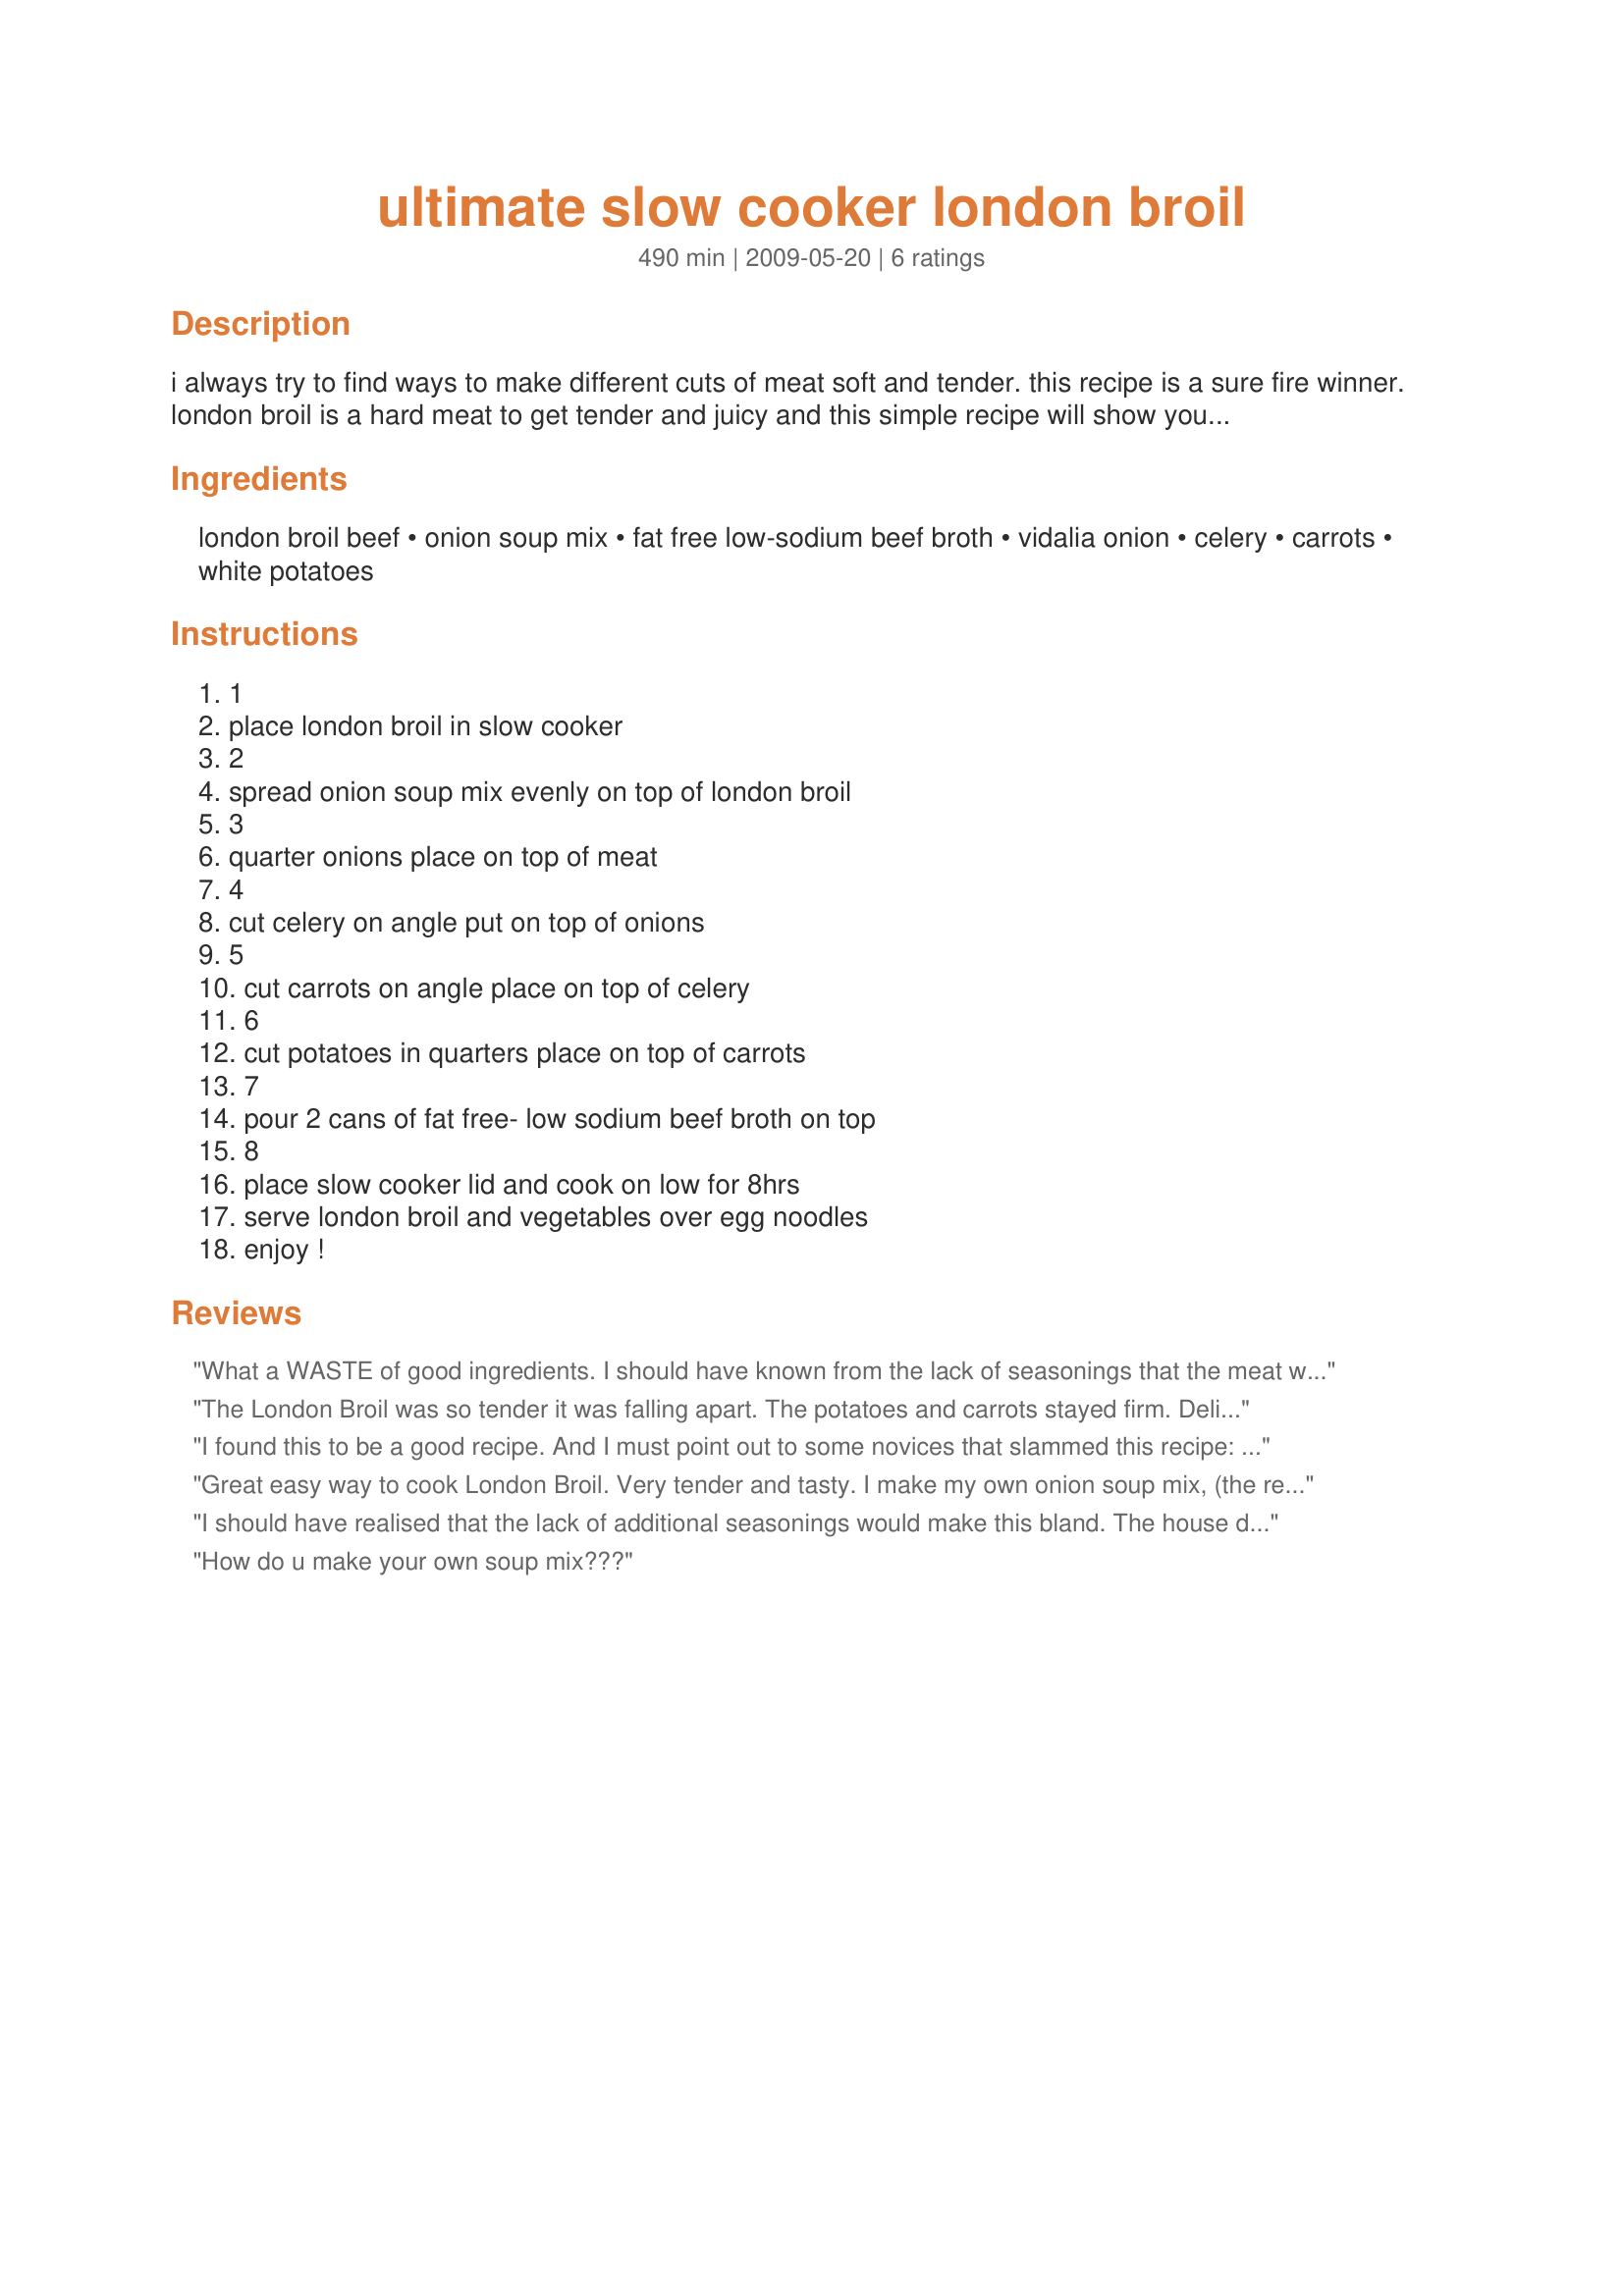
ultimate slow cooker london broil
Preparation time: 490 minutes

i always try to find ways to make different cuts of meat soft and tender. this recipe is a sure fire winner. london broil is a hard meat to get tender and juicy and this simple recipe will show you how. you will never eat london broil any other way.

Ingredients:
london broil beef, onion soup mix, fat free low-sodium beef broth, vidalia onion, celery, carrots, white potatoes

Steps:
1, place london broil in slow cooker, 2, spread onion soup mix evenly on top of london broil, 3, quarter onions place on top of meat, 4, cut celery on angle put on top of onions, 5, cut carrots on angle place on top of celery, 6, cut potatoes in quarters place on top of carrots, 7, pour 2 cans of fat free- low sodium beef broth on top, 8, place slow cooker lid and cook on low for 8hrs, serve london broil and vegetables over egg noodles, enjoy !

Reviews:
What a WASTE of good ingredients. I should have known from the lack of seasonings that the meat would be tasteless, but it was also completely dried out - something I never thought could happen when cooking in that much liquid. One of the WORST crock pot dishes I&#039;ve ever had and definitely the worst London Broil I&#039;ve ever made. I&#039;ll stick to grilling it from now on.
The London Broil was so tender it was falling apart. The potatoes and carrots stayed firm. Delicious!
I found this to be a good recipe. And I must point out to some novices that slammed this recipe: unless the recipe is for a bakery item, it gives you the basics. The blank foundation and leaves the seasoning up to. So, if you make this, you add the type and quantity of seasonings you want. Play with the recipe such as browning the near and using some red wine as part of the liquids. Add a splash of steak sauce or a dash of Italian seasoning with salt and pepper. Use baby red potatoes or try parsnips or yucca. It's up to you.
Great easy way to cook London Broil. Very tender and tasty. I make my own onion soup mix, (the recipe is here on Food.com), to reduce the salt.
I should have realised that the lack of additional seasonings would make this bland. The house did not smell like anything was cooking. A waste of an expensive piece of meat.
How do u make your own soup mix???
